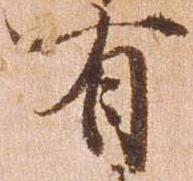
有